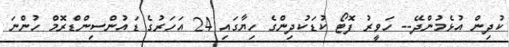
ކުދިން އުޅެމުންދޭ-- ހަވީރު ފޮޓޯ ކުޑަކުދިންގެ ހިޔާގައި 24 އަހަރުގެ ޑައުންސިންޑްރޮމް ހުންނަ